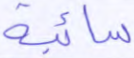
سائبة